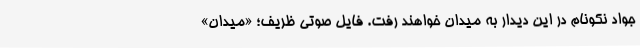
جواد نکونام در این دیدار به میدان خواهند رفت. فایل صوتی ظریف؛ «میدان»